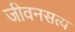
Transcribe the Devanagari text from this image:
जीवनसत्य